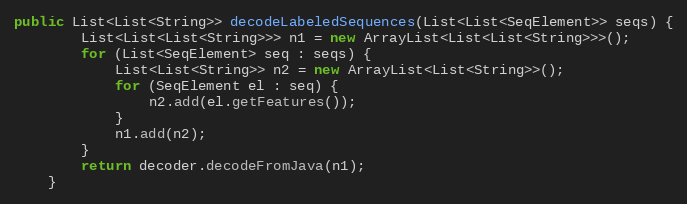
Language: Java
public List<List<String>> decodeLabeledSequences(List<List<SeqElement>> seqs) {
		List<List<List<String>>> n1 = new ArrayList<List<List<String>>>();
		for (List<SeqElement> seq : seqs) {
			List<List<String>> n2 = new ArrayList<List<String>>();
			for (SeqElement el : seq) {
				n2.add(el.getFeatures());
			}
			n1.add(n2);
		}
		return decoder.decodeFromJava(n1);
	}